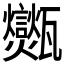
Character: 𤮶